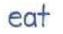
eat